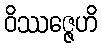
ဝိဿဇ္ဇေဟိ